Vaccination in the Punjab 1919-1929 - 1919-1929
Year: 1919
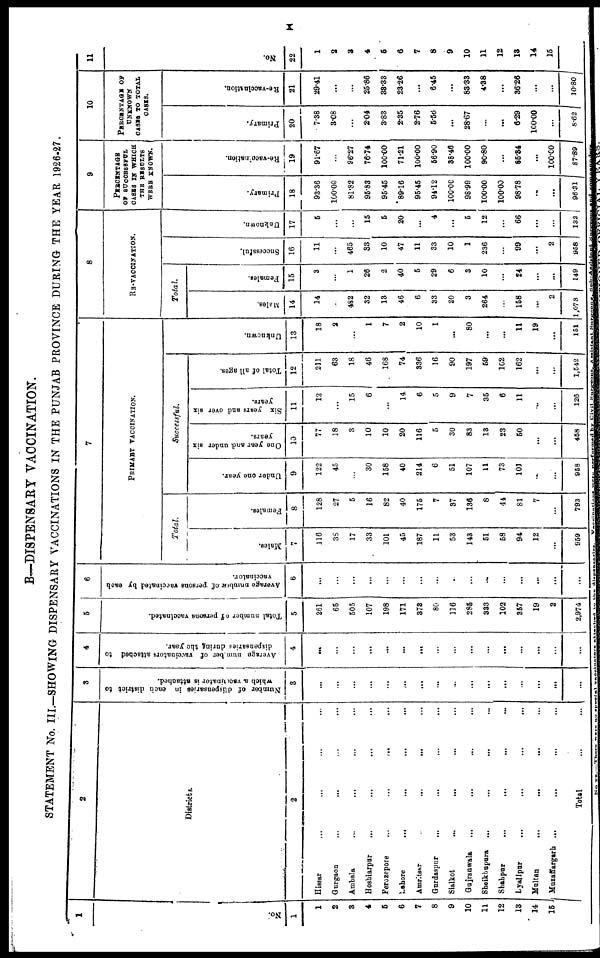
x
B—DISPENSARY VACCINATION.
STATEMENT No. III.—SHOWING DISPENSARY VACCINATIONS IN THE PUNJAB PROVINCE DURING THE YEAR 1926-27.
1
No.
1
1
2
3
4
5
6
7
8
9
10
11
12
13
14
15
2
Districts.
2
Hissar ... ... ... ...
Gurgaon
...
...
...
...
Ambala ... ... ... ...
Hoshiarpur ... ... ... ...
Ferozepore ... ... ... ...
Lahore ... ... ... ...
Amritsar
...
...
...
...
Gurdaspur
...
...
...
...
Sialkot
...
...
...
...
Gujranwala ... ... ... ...
Sheikhupura
...
...
...
...
Shahpur
...
...
...
...
Lyallpur ... ... ... ...
Multan
...
...
...
...
Muzaffargarh ... ... ... ...
Total ... ...
3
Number of dispensaries in each district to
which a vaccinator is attached.
3
...
...
...
...
...
...
...
...
...
...
...
...
...
...
...
...
4
Average number of vaccinators attached to
dispensaries during the year.
4
...
...
...
...
...
...
...
...
...
...
...
...
...
...
...
...
5
Total number of persons vaccinated.
5
261
65
505
107
198
171
373
80
116
285
333
102
357
19
2
2,974
6
Average number of persons vaccinated by each
vaccinator.
6
...
...
...
...
...
...
...
...
...
...
...
...
...
...
...
...
7
PRIMARY VACCINATION.
Total.
Males.
7
116
38
17
33
101
45
187
11
53
143
51
58
94
12
...
959
Females.
8
128
27
5
16
82
40
175
7
37
136
8
44
81
7
...
793
Successful.
Under one year.
9
122
45
...
30
158
40
214
6
51
107
11
73
101
...
...
958
One year and under six
years.
10
77
18
3
10
10
20
116
5
30
83
13
23
50
...
...
458
Six years and over six
years.
11
12
...
15
6
...
14
6
5
9
7
35
6
11
..
...
126
Total of all ages.
12
211
63
18
46
168
74
336
16
90
197
59
162
162
...
...
1,542
Unknown.
13
18
2
...
1
7
2
10
1
...
80
...
...
11
19
...
151
8
RE-VACCINATION.
Total.
Males.
14
14
...
482
32
13
46
6
33
20
3
264
...
158
...
2
1,073
Females.
15
3
...
1
26
2
40
5
29
6
3
10
...
24
...
...
149
Successful.
16
11
...
465
33
10
47
11
33
10
1
236
...
99
...
2
958
Unknown.
17
5
...
...
15
5
20
...
4
...
5
12
...
66
...
...
132
9
PERCENTAGE
OF SUCCESSFUL
CASES IN WHICH
THE RESULTS
WERE KNOWN.
Primary.
18
93.36
100.00
81.82
95.83
95.45
89.16
95.45
94.12
100.00
98.99
100.00
100.00
98.78
...
...
96.31
Re-vaccination.
19
91.67
...
96.27
76.74
100.00
71.21
100.00
56.90
38.46
100.00
90.80
...
85.34
...
100.00
87.89
10
PERCENTAGE OF
UNKNOWN
CASES TO TOTAL
CASES.
Primary.
20
7.38
3.08
...
2.04
3.83
2.35
2.76
5.56
...
28.67
...
...
6.29
100.00
...
8.62
Re-vaccination.
21
29.41
...
...
25.86
33.33
23.26
...
6.45
...
83.33
4.38
...
36.26
...
...
10.80
11
No.
22
1
2
3
4
5
6
7
8
9
10
11
12
13
14
15